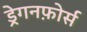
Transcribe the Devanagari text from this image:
ड्रेगनफ़ोर्स